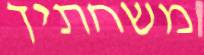
משחתיך